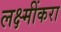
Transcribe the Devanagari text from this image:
लक्ष्मींकरा